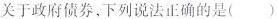
关于政府债券。下列说法正确的是( )